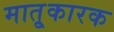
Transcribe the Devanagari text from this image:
मातृ्कारक